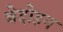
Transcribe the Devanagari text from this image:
बेदोइन